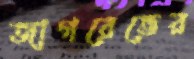
জাগরেভের